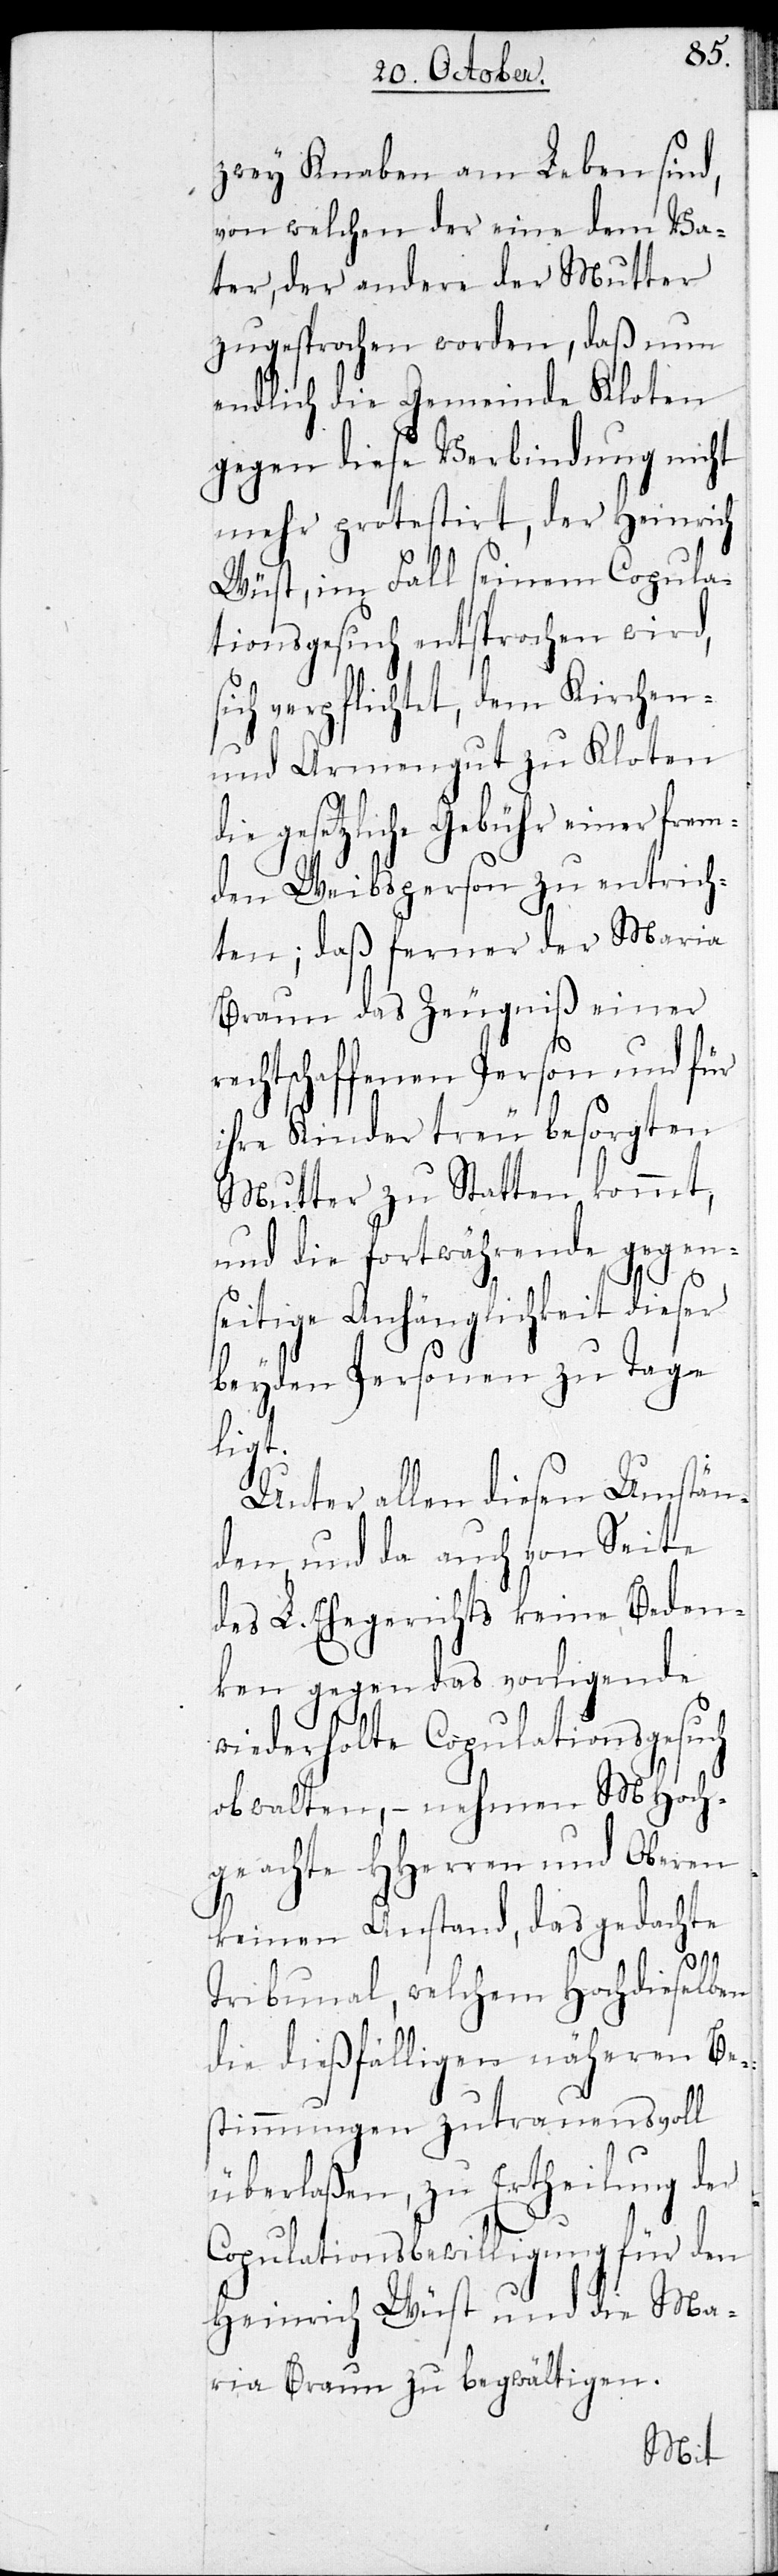
zwey Knaben am Leben sind,
von welchen der eine dem Va¬
ter, der andere der Mutter
zugesprochen worden, daß nun
endlich die Gemeinde Kloten
uch
gegen diese Verbin¬
entrich¬
mehr protestirt,
ged¬
Wüst, im Fall seinem
tionsgesuch entsprochen
en
ich verpflichtet, dem Kirch¬
und Armengut
frem¬
gesetzliche Gebühr e¬
den Weibsperson zu
nde
ten; daß ferner der Maria
Braun das Zeugniß
rechtschaffenen Person und für
ihre Kinder treu besorgten
Mutter zu Statten kommt,
und die fortwährende gegen¬
seitige Anhänglichkeit dieser
beyden Personen zu Tage
ligt.
Unter allen diesen Umstän¬
den und da auch von Seite
des L. Ehegerichts keine Beden¬
ken gegen das vorlige¬
wiederholte Copulationsges¬
obwalten, – nehmen MHoch¬
geachte HHerren und Ober¬
achte
keinen Anstand, das
Tribunal, welchem Hochdieselben
die dießfälligen näheren Be¬
stimmungen zutrauensvoll
überlaßen, zu Ertheilung der
Copulationsbewilligung für den
Heinrich Wüst und die Ma¬
ria Braun zu begwältigen.